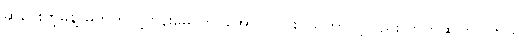
ဆုပေးတဲ့မူနဲ့ မကိုက်လို့ ဗန်းမော်တင်အောင် ငြင်းပယ်တာလို့လည်း တွက်ဆကြပါတယ်။